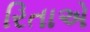
રિતાએ